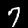
Label: 7